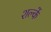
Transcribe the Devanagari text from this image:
शल्कें